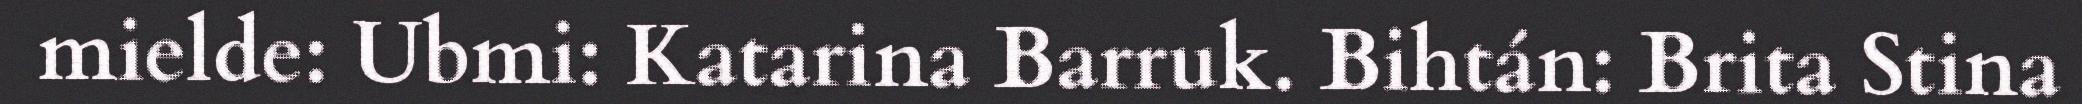
mielde: Ubmi: Katarina Barruk. Bihtán: Brita Stina